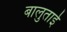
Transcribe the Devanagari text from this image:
बालुताई